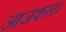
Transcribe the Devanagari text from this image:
आजकल।